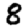
Digit: 8